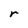
Character: r